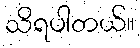
သိရပါတယ်။